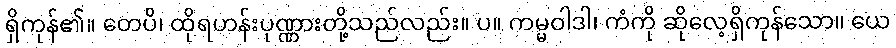
ရှိကုန်၏။ တေပိ၊ ထိုရဟန်းပုဏ္ဏားတို့သည်လည်း။ ပ။ ကမ္မဝါဒါ၊ ကံကို ဆိုလေ့ရှိကုန်သော။ ယေ